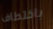
باختطاف